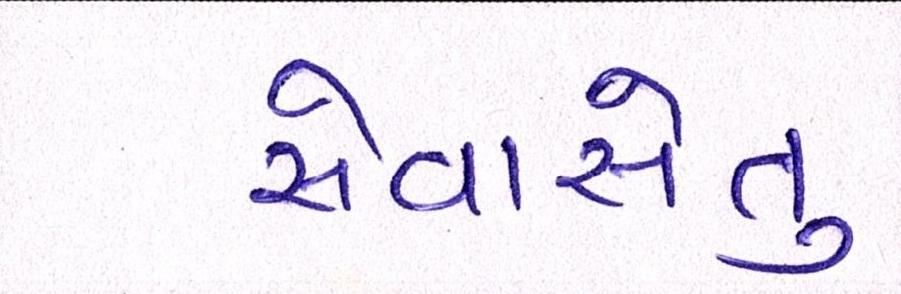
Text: સેવાસેતુ